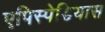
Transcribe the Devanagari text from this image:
एपिस्पेडियास